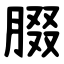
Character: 腏